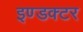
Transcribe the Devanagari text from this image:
इण्डक्टर